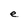
Character: e